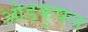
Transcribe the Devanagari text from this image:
ओडकुषल